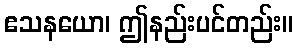
ဧသနယော၊ ဤနည်းပင်တည်း။